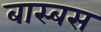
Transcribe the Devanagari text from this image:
बास्बस